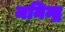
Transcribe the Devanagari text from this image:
मनिन्द्र